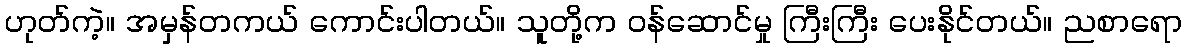
ဟုတ်ကဲ့။ အမှန်တကယ် ကောင်းပါတယ်။ သူတို့က ဝန်ဆောင်မှု ကြီးကြီး ပေးနိုင်တယ်။ ညစာရော